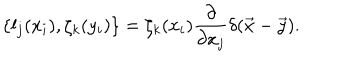
\{ l _ { j } ( x _ { i } ) , \zeta _ { k } ( y _ { i } ) \} = \zeta _ { k } ( x _ { i } ) \frac { \partial } { \partial x _ { j } } \delta ( \vec { x } - \vec { y } ) .